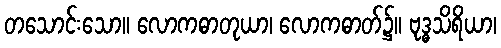
တသောင်းသော။ လောကဓာတုယာ၊ လောကဓာတ်၌။ ဗုဒ္ဓသိရိယာ၊